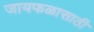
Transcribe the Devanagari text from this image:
जायफळासाठी